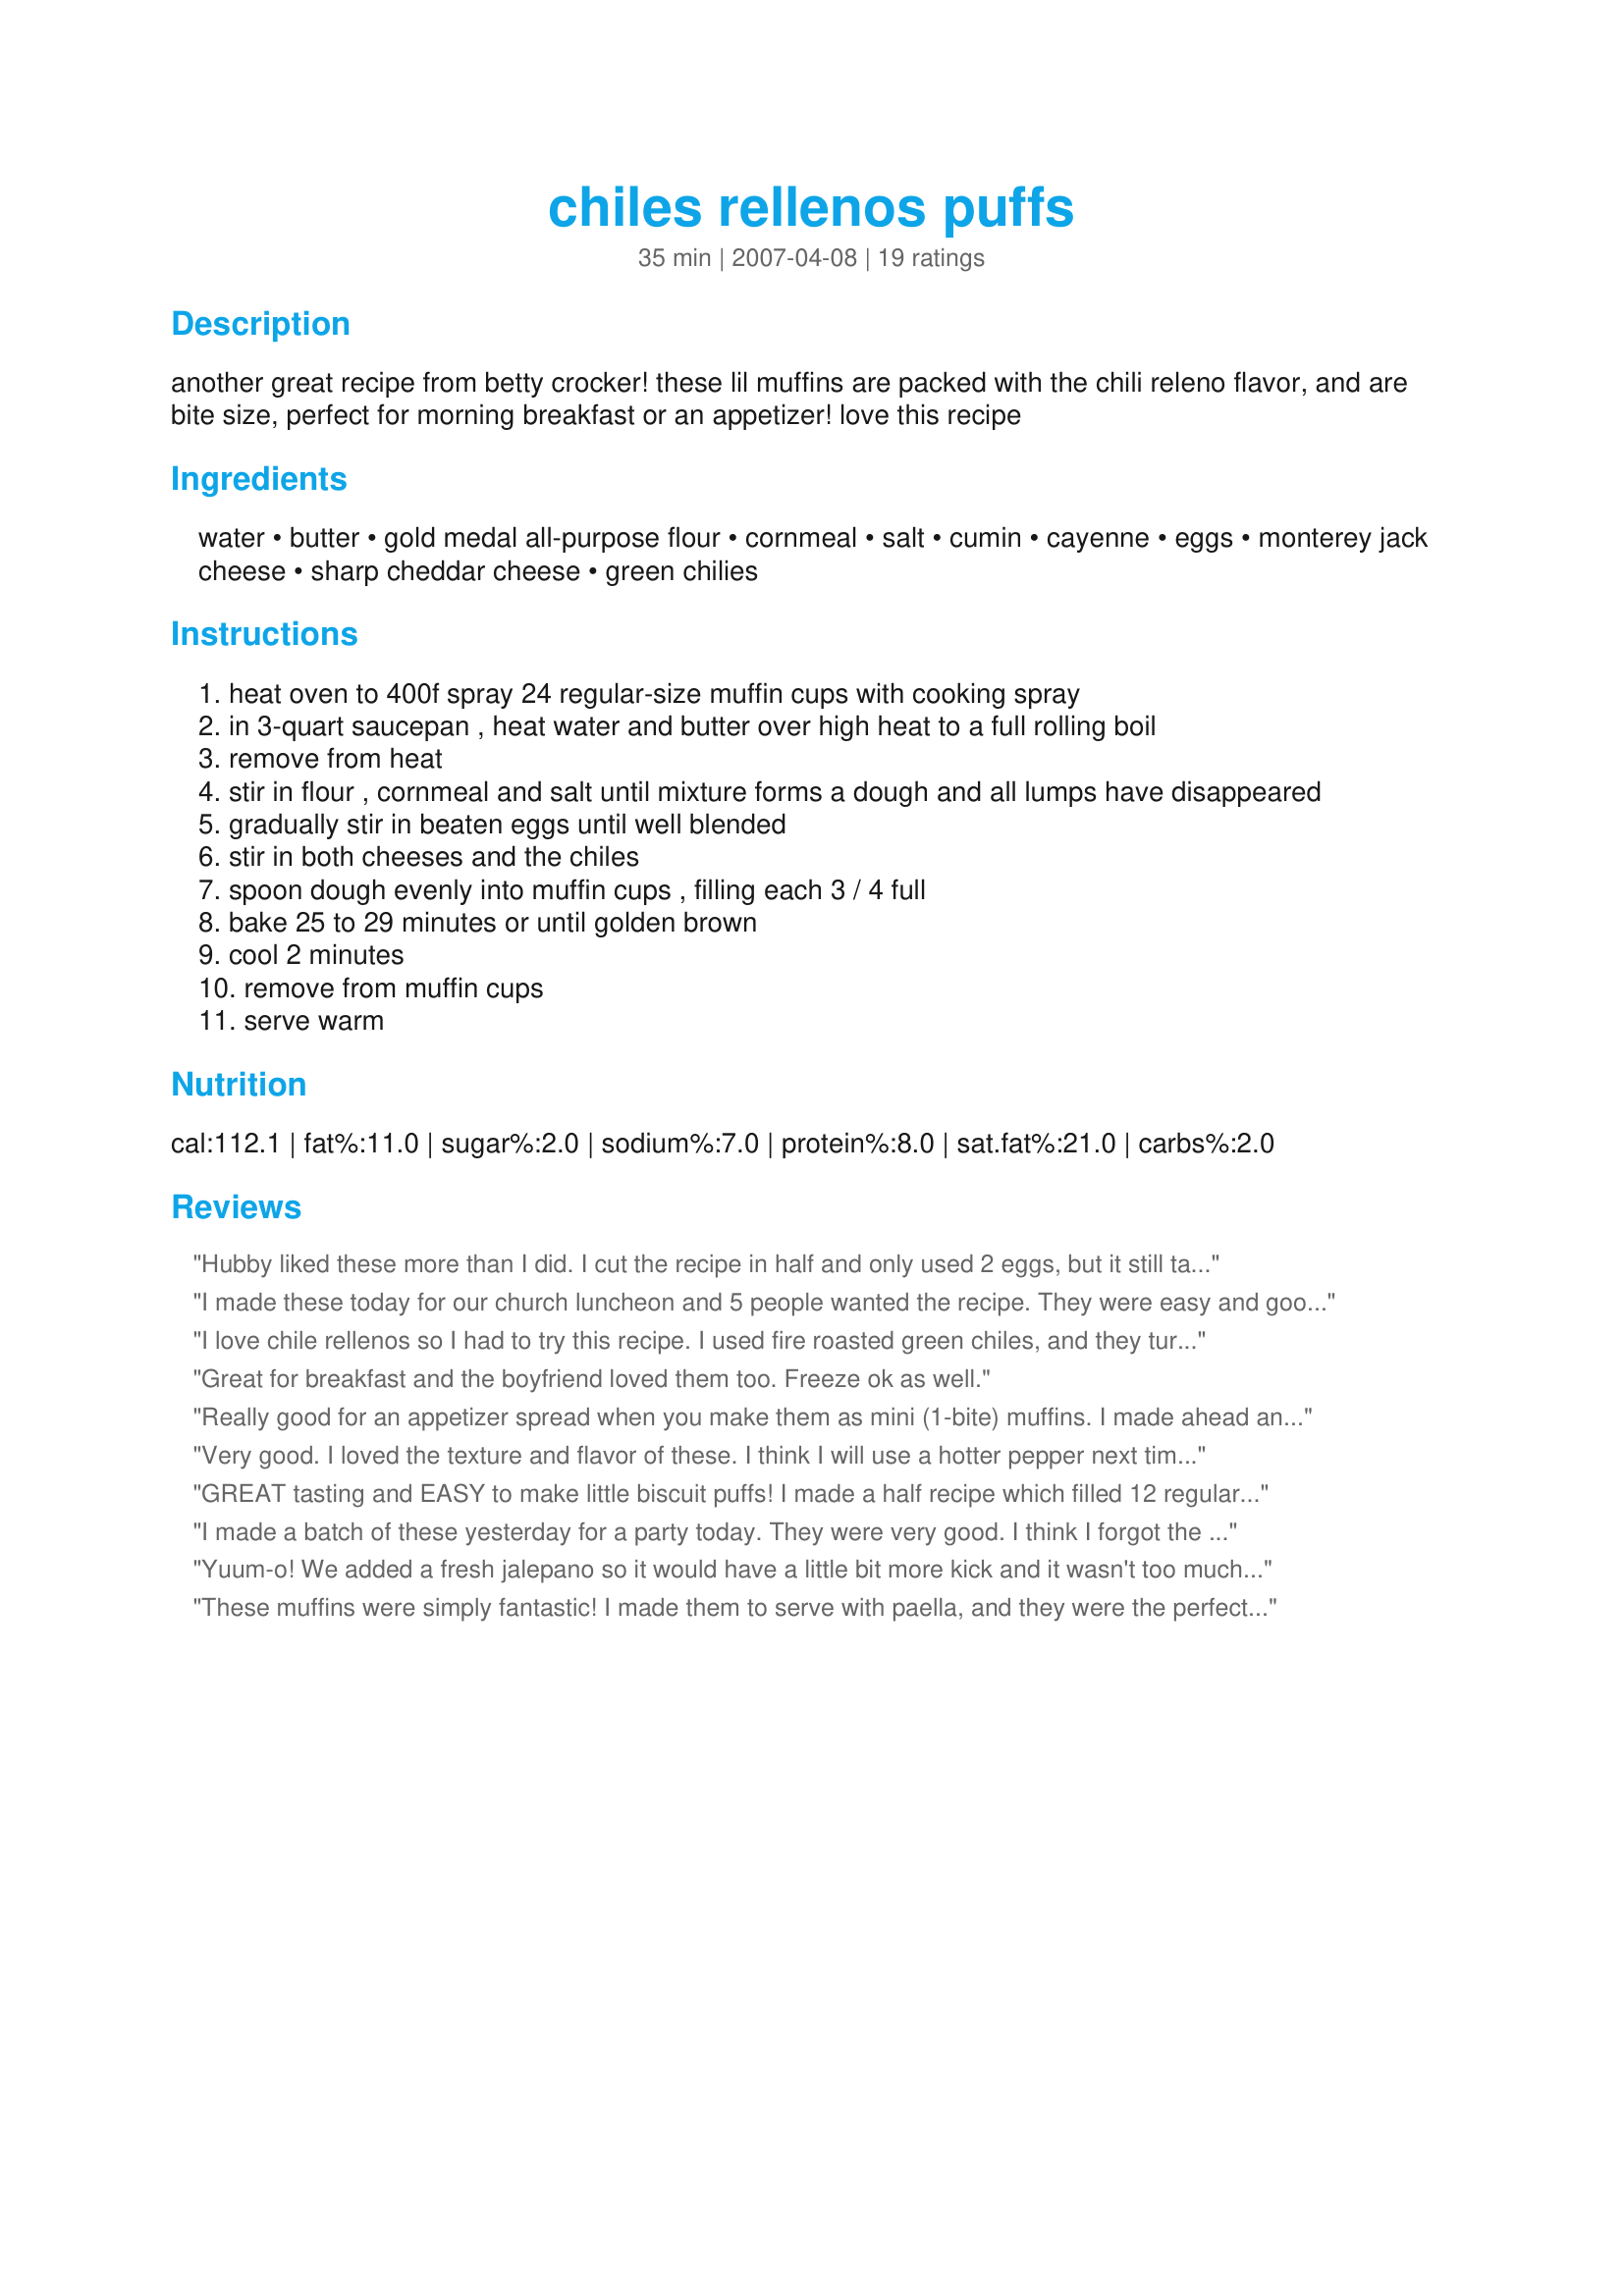
chiles rellenos puffs
Preparation time: 35 minutes

another great recipe from betty crocker! these lil muffins are packed with the chili releno flavor, and are bite size, perfect for morning breakfast or an appetizer! love this recipe

Ingredients:
water, butter, gold medal all-purpose flour, cornmeal, salt, cumin, cayenne, eggs, monterey jack cheese, sharp cheddar cheese, green chilies

Steps:
heat oven to 400f spray 24 regular-size muffin cups with cooking spray
in 3-quart saucepan , heat water and butter over high heat to a full rolling boil
remove from heat
stir in flour , cornmeal and salt until mixture forms a dough and all lumps have disappeared
gradually stir in beaten eggs until well blended
stir in both cheeses and the chiles
spoon dough evenly into muffin cups , filling each 3 / 4 full
bake 25 to 29 minutes or until golden brown
cool 2 minutes
remove from muffin cups
serve warm

Reviews:
Hubby liked these more than I did. I cut the recipe in half and only used 2 eggs, but it still tasted very eggy to me.
I made these today for our church luncheon and 5 people wanted the recipe. They were easy and good. I usually make a recipe like it shows the first time but i did think these needed alittle seasoning and I added a couple dashes of chili powder and a dash or 2 or Mrs. Dash Extra spicy seasoning. They were wonderful. Thanks
I love chile rellenos so I had to try this recipe. I used fire roasted green chiles, and they turned out so good and of course I love all the cheese in this recipe, I will definitely make these over.
Great for breakfast and the boyfriend loved them too. Freeze ok as well.
Really good for an appetizer spread when you make them as mini (1-bite) muffins. I made ahead and froze, then served at room temp. Flavorful and moist - a keeper.
Very good. I loved the texture and flavor of these. I think I will use a hotter pepper next time for a bit more kick. I used a wheat and white flour blend with very good results. Also added some chopped green onions. Thanks for sharing. Made for ZWT3
GREAT tasting and EASY to make little biscuit puffs! I made a half recipe which filled 12 regular muffin tins half full. They are nice and soft with a mild chile cheese flavor. If I make them again I will double the chilies because I love them!
I made a batch of these yesterday for a party today. They were very good. I think I forgot the salt, so I salted them a bit when they came out, and sprinkled them with smoked paprika (sort of chipotle-ish without the heat). They end up almost like a mini quiche. I made a half batch. 
Then I decided to make another version using the base recipe without the chiles. I add chopped ham, sliced green onions, sliced black olives, dried oregano, and a little heavier on the cheese. These turned out great too. When they came out of the over, I grated some Asiago cheese over the top and let it melt. A nice easy recipe that will appeal to kids and adults alike. Thanks for posting!
Yuum-o! We added a fresh jalepano so it would have a little bit more kick and it wasn't too much at all!!! Does need recommended amount of salt. I tend to go a little lean, but this recipe really needed it. TOTAL HIT and super easy!!!
These muffins were simply fantastic! I made them to serve with paella, and they were the perfect addition to the meal. Thank you for sharing the recipe!
Whipped these up this morning as an accompaniment to our steak and egg breakfast. Very good but I agree with the others that a touch of chili powder would have enhanced the taste. Will do that next time. ZWT3
Love these! I made them in my mini muffin pans and will snack on these during Super Bowl today. I've been wanting to make these for such a long time and even went out a bought a box of corn meal especially for this recipe! I'll definitely be making these whenever I need an easy appetizer!
Thank you!
Sorry but I did not like this one! The texture was too weird for me. I thought it was going to be more cake-like but instead it was too eggy and... mushy? Also a little bland...
Very good flavor. My husband said "needs more chilies," but to me it was fine -- he likes this WAY spicier than I do!! :) Will make again and play with the amounts a bit!
These muffins were different and delicious.
They could go with about any Tex-Mex meal.
I served baked beans and salad.
This was an interesting recipe, but the outcome was great. I used light margarine and egg beaters and I used all cheddar cheese. The consistancy of these was more like a quiche and less like a bread, but made a good accompanyment to "recipe #168423" for supper.
I love chiles rellenos so how could these go wrong. They couldn't. I only had pepper jack so used that for a little extra kick. Not sure if I liked the cornmeal. Will try again without. Otherwise tasty and easy.
Make these this morning as a way of getting a bit more protein into some resistive young ones. They love chips with salsa and they love cornbread so this seemed a good combo for them. But...no, even with some extra cheese melted on top. I found them too bland for my taste also.
Terrific recipe - my whole family enjoyed them!! I made a half bacth which made 6 Texas sized muffins - YUM! Next time I will add more green chiles and maybe a few spices as we tend to like things a little spicier! We WILL make these beauties again - love the extra texture of the cornmeal too!! Great one, V!!
